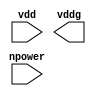
//#############################################################################
//# Function: Power supply header switch                                      #
//#############################################################################
//# Author:   Andreas Olofsson                                                #
//# License:  MIT (see LICENSE file in OH! repository)                        #
//#############################################################################

module oh_header
  #(parameter SYN   = "TRUE",   // true=synthesizable
    parameter TYPE  = "DEFAULT" // scell type/size
    )
   (
    input  npower, // active low power on
    input  vdd, // input supply
    output vddg     // gated output supply
    );

   generate
      if(SYN == "TRUE")	begin
      end
      else begin
	 asic_header #(.TYPE(TYPE))
	 asic_header (.npower(npower),
		      .vdd(vdd),
		      .vddg(vddg));
      end
   endgenerate

endmodule // oh_pwr_gate